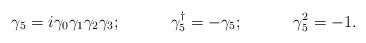
LaTeX: \begin{align*}\gamma_{5}=i\gamma_{0}\gamma_{1}\gamma_{2}\gamma_{3}; \hspace{0.5in} \gamma_{5}^{\dag}=-\gamma_{5};\hspace{0.5in} \gamma_{5}^{2}=-1.\end{align*}